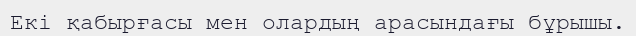
Екі қабырғасы мен олардың арасындағы бұрышы.